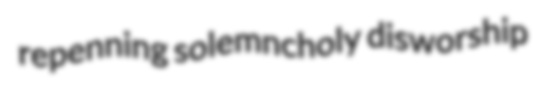
repenning solemncholy disworship